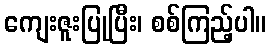
ကျေးဇူးပြုပြီး၊ စစ်ကြည့်ပါ။